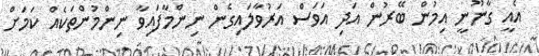
އެއީ ގާނޫނީ އިމުން ބޭރުން އަދި އަވަސް އަރުވާލައިގެން ނިންމާފައިވާ ނިންމުންތަކެއް ކަމަށް